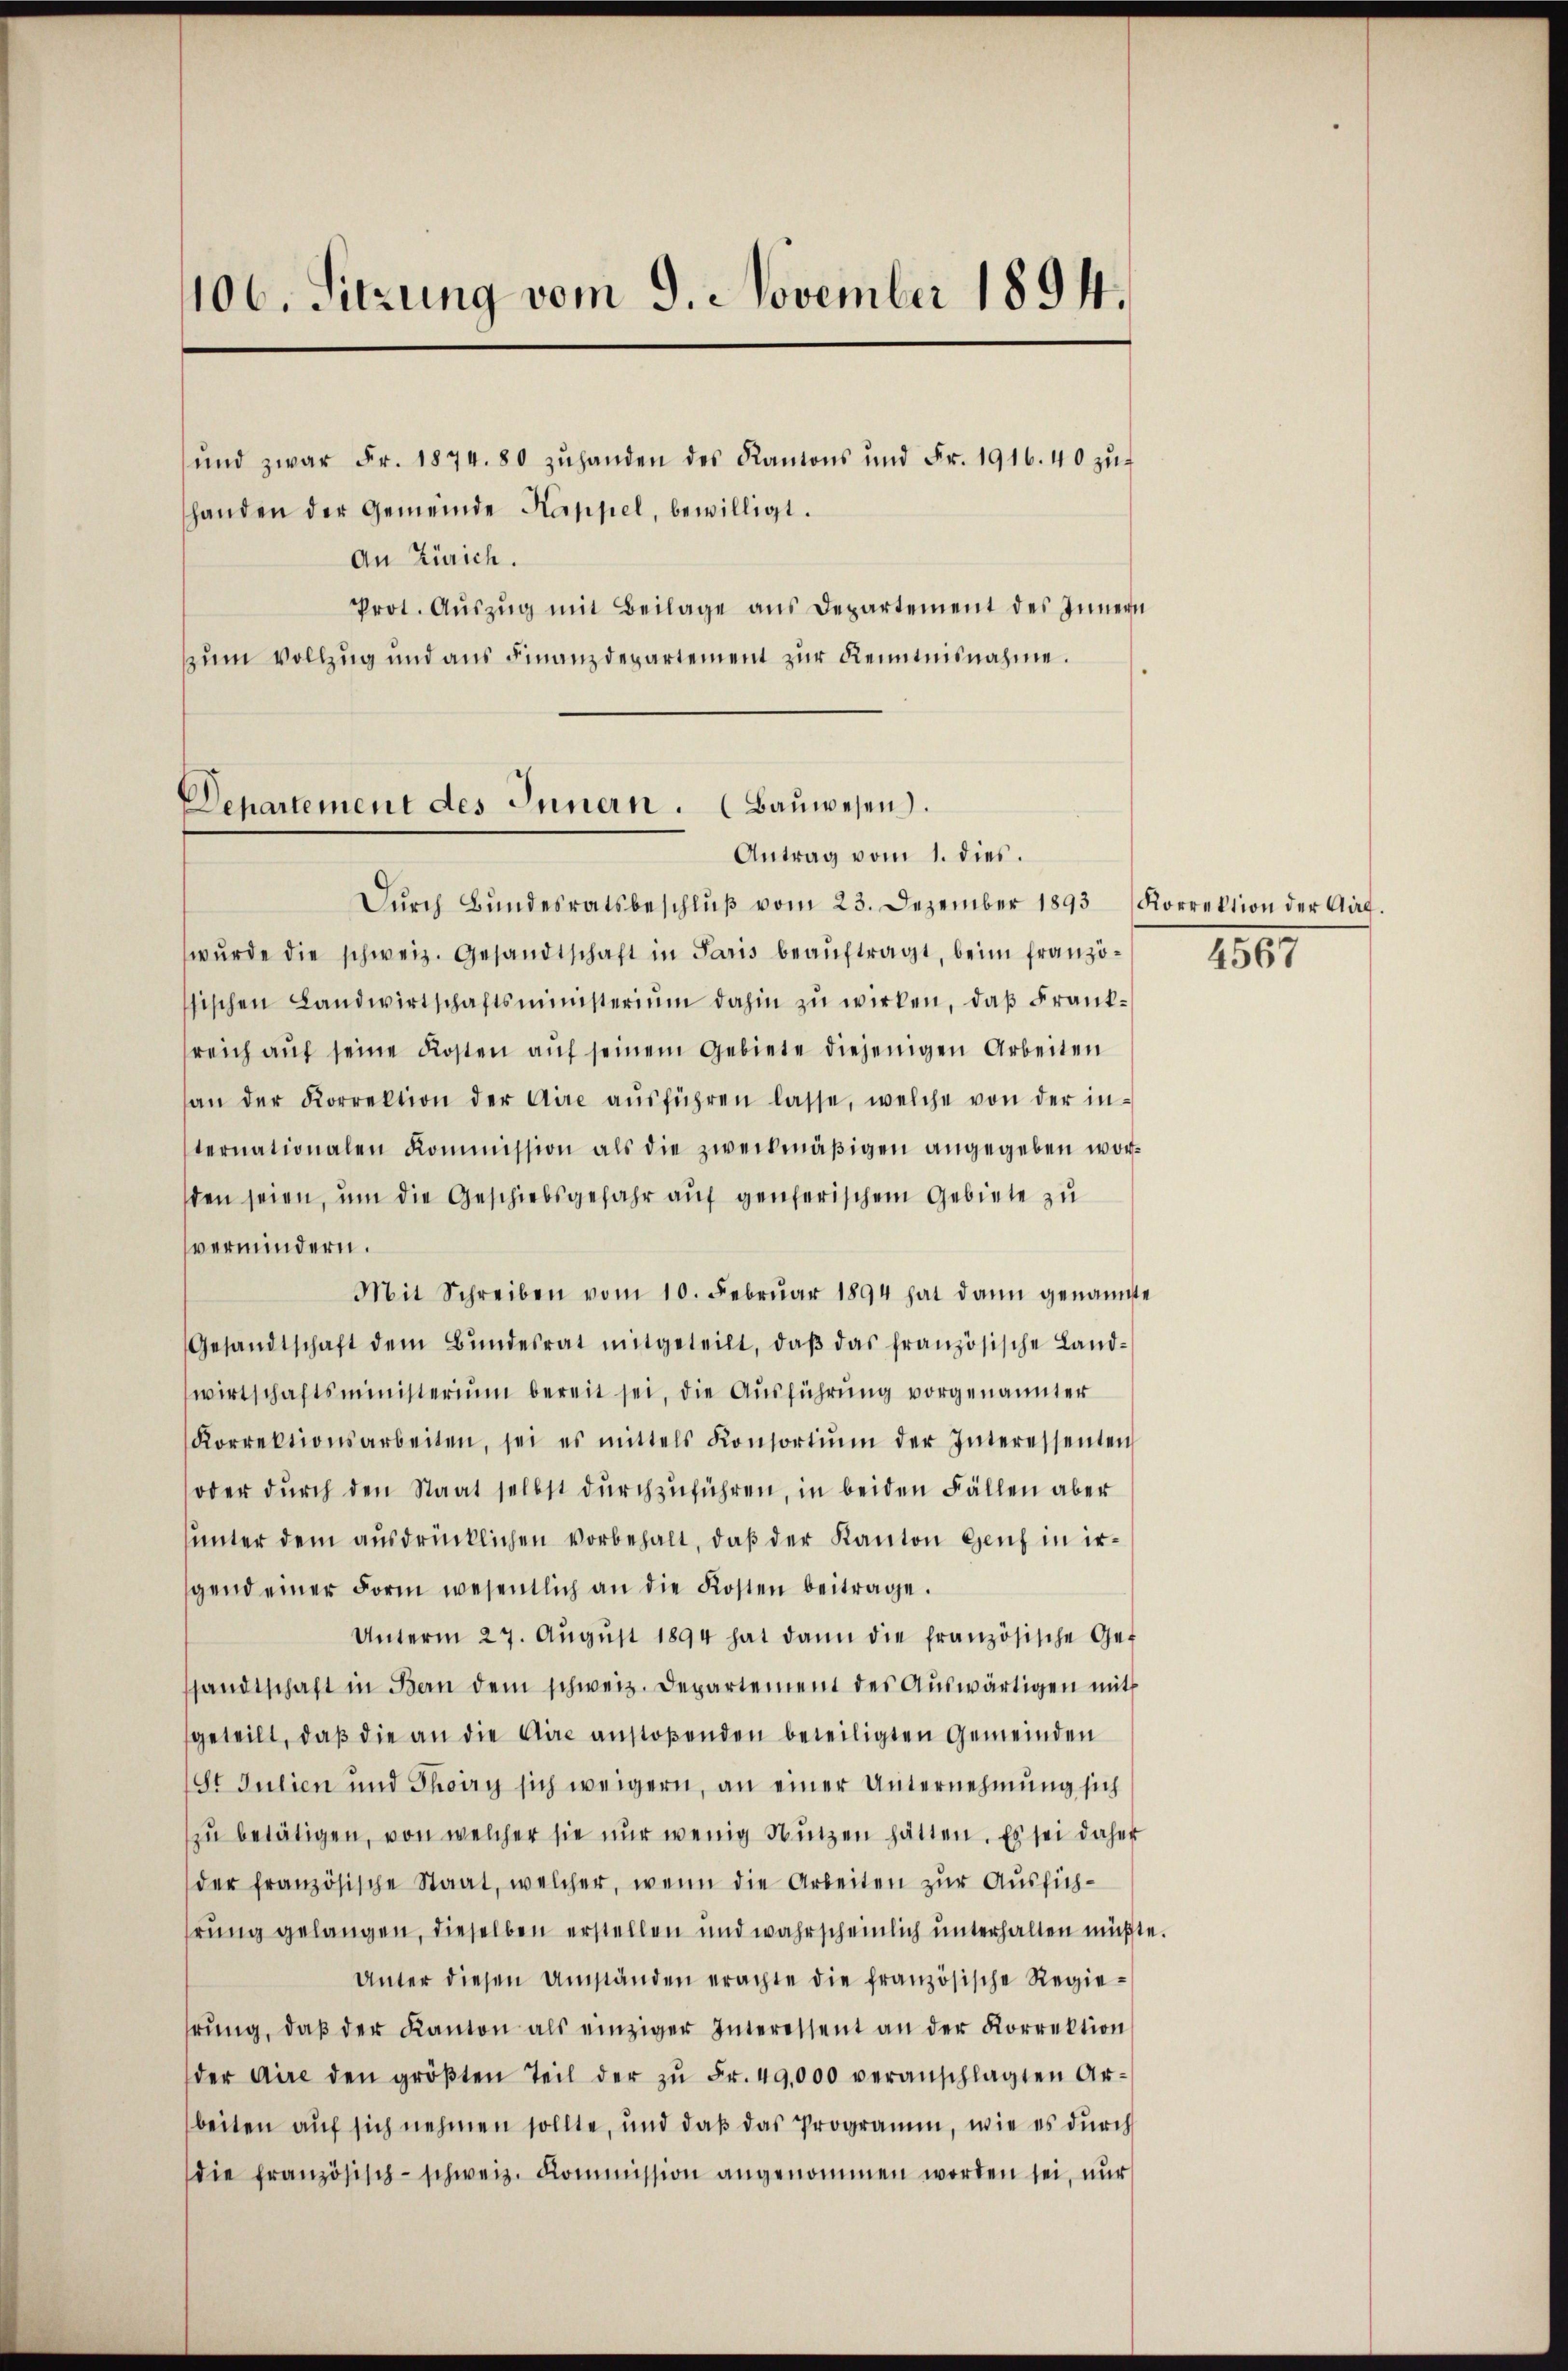
106. Sitzung vom 9. November 1894.

ŭnd zwar Fr. 1874. 80 zŭhanden des Kantons und Fr. 1916.40 zŭ-
handen der Gemeinde Kappel, bewilligt.
An Zürich.
Prot. Aŭszŭg mit Beilage aus Departement des Innern
zum Vollzug und aus Finanzdepartement zur Kenntnisnahme.

Departement des Innern. (Bauwesen.
Antrag vom 1. dies.
Dŭrch Bŭndesratsbeschlŭβ vom 23. Dezember 1893 Korrektion der Auf-

wŭrde die schweiz. Gesandtschaft in Paris beauftragt, beim französischen Landwirtschaftsministerium dahin zu wirken, daß Franksreich aŭf seine Kosten auf seinem Gebiete diejenigen Arbeiten
an der Korrektion der Aire aŭsführen lasse, welche von der in-
ternationalen Kommission als die zweckmäβigen angegeben worden seien, um die Geschiebsgefahr auf genferischem Gebiete zu
vermindern.
Mit Schreiben vom 10. Februar 1894 hat dann genannte
Gesandtschaft dem Bŭndesrat mitgeteilt, daβ das französische Land-
wirtschaftsministerium bereit sei, die Ausführung vorgenannter
Korrektionsarbeiten, sei es mittels Konsortiŭm der Interessenten
oder dŭrch den Staat selbst dŭrchzŭführen, in beiden Fällen aber
unter dem ausdrücklichen vorbehalt, daß der Kanton Genf in irgend einer Form wesentlich an die Kosten beitrage.
Unterm 27. Aŭgŭst 1894 hat dann die französische Ge-
sandtschaft in Bern dem schweiz. Departement des Aŭswärtigen mit
geteilt, daß die an die Aire anstoßenden beteiligten Gemeinden
8t Julien und Thory sich weigern, an einer Unternehmung sich
zu betätigen, von welcher sie nur wenig Nutzen hätten. Es sei daher
der französische Staat, welcher, wenn die Arbeiten zur Aussichhrung gelangen, dieselben erstellen und wahrscheinlich unterhalten müßte.
Unter diesen Umständen erachte die französische Regiehrŭng, daβ der Kanton als einziger Interessent an der Korrektion
der Aire den gröβten Teil der zŭ Fr. 49,000 veranschlagten Ar-
beiten auf sich nehmen sollte, und daß das Programm, wie es durch
die französisch-schweiz. Kommission angenommen worden sei, nur

4567